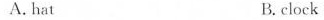
A. hat B. clock